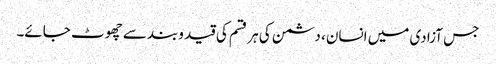
جس آزادی میں انسان، دشمن کی ہر قسم کی قید وبند سے چھوٹ جائے۔